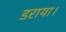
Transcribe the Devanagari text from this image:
डराया।